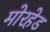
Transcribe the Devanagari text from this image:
मोरहेड